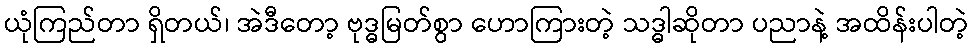
ယုံကြည်တာ ရှိတယ်၊ အဲဒီတော့ ဗုဒ္ဓမြတ်စွာ ဟောကြားတဲ့ သဒ္ဓါဆိုတာ ပညာနဲ့ အထိန်းပါတဲ့